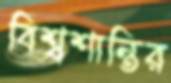
বিশ্বশান্তির